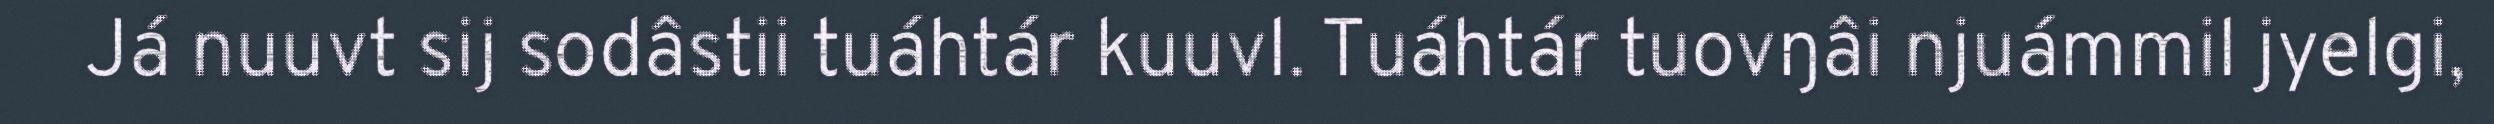
Já nuuvt sij sodâstii tuáhtár kuuvl. Tuáhtár tuovŋâi njuámmil jyelgi,